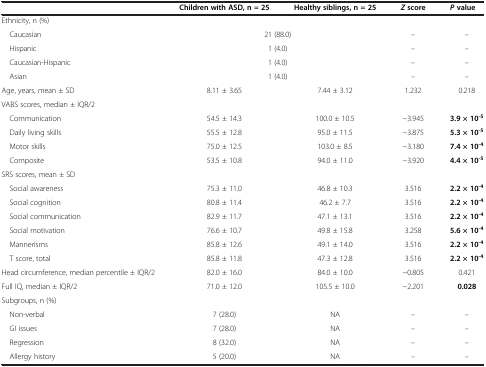
<table><thead><tr><td><b> </b></td><td><b>Children with ASD, n = 25</b></td><td><b>Healthy siblings, n = 25</b></td><td><b><i>Z </i>score</b></td><td><b><i>P </i>value</b></td></tr></thead><tbody><tr><td>Ethnicity, n (%)</td><td colspan="2"> </td><td> </td><td> </td></tr><tr><td> Caucasian</td><td colspan="2">21 (88.0)</td><td>–</td><td>–</td></tr><tr><td> Hispanic</td><td colspan="2">1 (4.0)</td><td>–</td><td>–</td></tr><tr><td> Caucasian-Hispanic</td><td colspan="2">1 (4.0)</td><td>–</td><td>–</td></tr><tr><td> Asian</td><td colspan="2">1 (4.0)</td><td>–</td><td>–</td></tr><tr><td>Age, years, mean ± SD</td><td>8.11 ± 3.65</td><td> </td><td>7.44 ± 3.12</td><td>1.232</td><td>0.218</td></tr><tr><td>VABS scores, median ± IQR/2</td><td> </td><td> </td><td> </td><td> </td><td> </td></tr><tr><td> Communication</td><td>54.5 ± 14.3</td><td> </td><td>100.0 ± 10.5</td><td>−3.945</td><td><b>3.9 × 10</b><sup><b>-5</b></sup></td></tr><tr><td> Daily living skills</td><td>55.5 ± 12.8</td><td> </td><td>95.0 ± 11.5</td><td>−3.875</td><td><b>5.3 × 10</b><sup><b>-5</b></sup></td></tr><tr><td> Motor skills</td><td>75.0 ± 12.5</td><td> </td><td>103.0 ± 8.5</td><td>−3.180</td><td><b>7.4 × 10</b><sup><b>-4</b></sup></td></tr><tr><td> Composite</td><td>53.5 ± 10.8</td><td> </td><td>94.0 ± 11.0</td><td>−3.920</td><td><b>4.4 × 10</b><sup><b>-5</b></sup></td></tr><tr><td>SRS scores, mean ± SD</td><td> </td><td> </td><td> </td><td> </td><td> </td></tr><tr><td> Social awareness</td><td>75.3 ± 11.0</td><td> </td><td>46.8 ± 10.3</td><td>3.516</td><td><b>2.2 × 10</b><sup><b>-4</b></sup></td></tr><tr><td> Social cognition</td><td>80.8 ± 11.4</td><td> </td><td>46.2 ± 7.7</td><td>3.516</td><td><b>2.2 × 10</b><sup><b>-4</b></sup></td></tr><tr><td> Social communication</td><td>82.9 ± 11.7</td><td> </td><td>47.1 ± 13.1</td><td>3.516</td><td><b>2.2 × 10</b><sup><b>-4</b></sup></td></tr><tr><td> Social motivation</td><td>76.6 ± 10.7</td><td> </td><td>49.8 ± 15.8</td><td>3.258</td><td><b>5.6 × 10</b><sup><b>-4</b></sup></td></tr><tr><td> Mannerisms</td><td>85.8 ± 12.6</td><td> </td><td>49.1 ± 14.0</td><td>3.516</td><td><b>2.2 × 10</b><sup><b>-4</b></sup></td></tr><tr><td> T score, total</td><td>85.8 ± 11.8</td><td> </td><td>47.3 ± 12.8</td><td>3.516</td><td><b>2.2 × 10</b><sup><b>-4</b></sup></td></tr><tr><td>Head circumference, median percentile ± IQR/2</td><td>82.0 ± 16.0</td><td> </td><td>84.0 ± 10.0</td><td>−0.805</td><td>0.421</td></tr><tr><td>Full IQ, median ± IQR/2</td><td>71.0 ± 12.0</td><td> </td><td>105.5 ± 10.0</td><td>−2.201</td><td><b>0.028</b></td></tr><tr><td>Subgroups, n (%)</td><td> </td><td> </td><td> </td><td> </td><td> </td></tr><tr><td> Non-verbal</td><td>7 (28.0)</td><td> </td><td>NA</td><td>–</td><td>–</td></tr><tr><td> GI issues</td><td>7 (28.0)</td><td> </td><td>NA</td><td>–</td><td>–</td></tr><tr><td> Regression</td><td>8 (32.0)</td><td> </td><td>NA</td><td>–</td><td>–</td></tr><tr><td> Allergy history</td><td>5 (20.0)</td><td> </td><td>NA</td><td>–</td><td>–</td></tr></tbody></table>